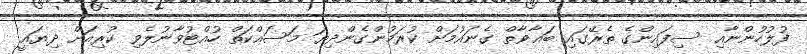
ފުލުހުންނާއި ސިފައިންގެ ތެރޭގައި ބަޣާވާތް ގެނައުމަށް ކުރަމުންގެންދިޔަ މަސައްކަތް ހުއްޓުވާނުލެވި ކުރިއަށް ދިޔައީ